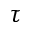
\tau